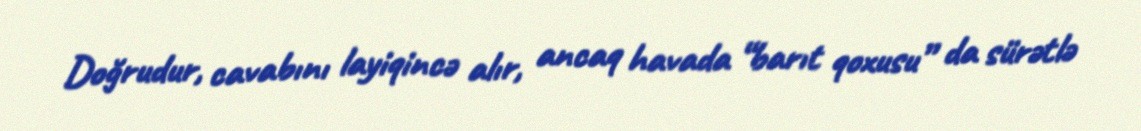
Doğrudur, cavabını layiqincə alır, ancaq havada “barıt qoxusu” da sürətlə